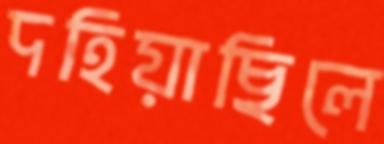
দহিয়াছিলে